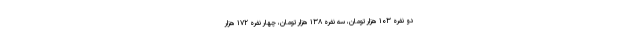
دو نفره ۱۰۳ هزار تومان، سه نفره ۱۳۸ هزار تومان، چهار نفره ۱۷۲ هزار